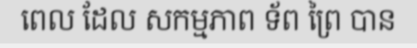
ពេល ដែល សកម្មភាព ទ័ព ព្រៃ បាន